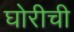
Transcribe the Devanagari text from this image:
घोरीची